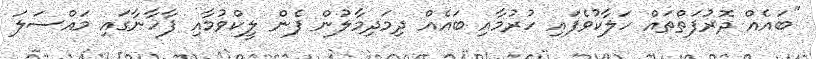
"ބައެއް ދޮރުފަތްތައް ހަލާކުވެފައި ހުރުމާއި ބައެއް ދިމަދިމާލުން ފެން ލީކްވުމާއި ފާހާނާގައި މައްސަލަ